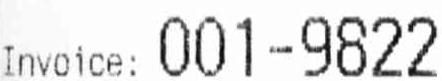
INVOICE: 001-9822